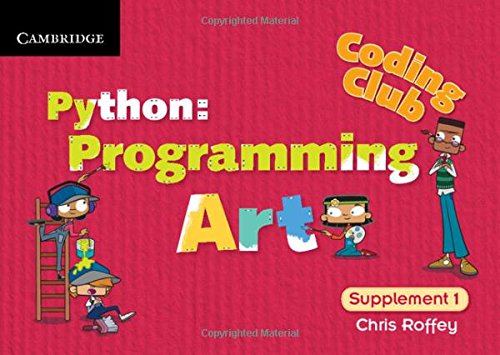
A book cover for Coding Club Level 1 Python: Programming Art; Chris Roffey; Teen & Young Adult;